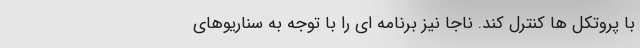
با پروتکل ها کنترل کند. ناجا نیز برنامه ای را با توجه به سناریوهای